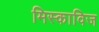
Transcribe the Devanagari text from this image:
मिस्काविज